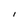
Character: I